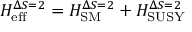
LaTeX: H _ { \mathrm { e f f } } ^ { \Delta S = 2 } = H _ { \mathrm { S M } } ^ { \Delta S = 2 } + H _ { \mathrm { S U S Y } } ^ { \Delta S = 2 }